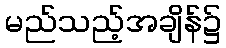
မည်သည့်အချိန်၌